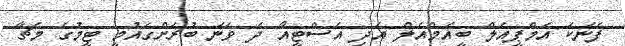
ފެނަކަ އެމްޕީއެލް ބީއެމްއެލް އަދި އެސްޓީއޯ ދެ ވަނަ ބުރަށްގައުމީ ޓީމުގެ މެޗާ